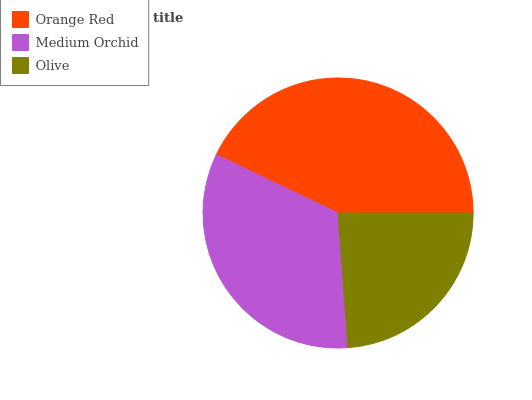
| Orange Red | Medium Orchid | Olive |
 | --- | --- | --- |
 | 42.9% | 33.2% | 23.8% |